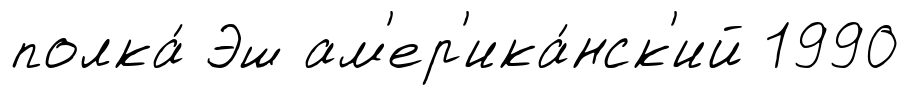
полка́ Эш ам'ер'ика́нск'ий 1990